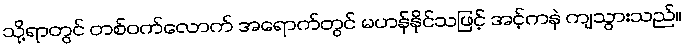
သို့ရာတွင် တစ်ဝက်လောက် အရောက်တွင် မဟန်နိုင်သဖြင့် အင့်ကနဲ ကျသွားသည်။